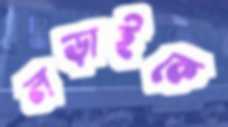
লড়াইকে